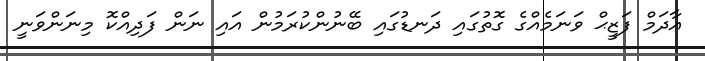
އާދަމް ފަޒީޙް ވަނަމެއްގެ ގޮތުގައި ދަނޑުގައި ބޭނުންކުރަމުން އައި ނަން ފަދިއްކޮ މިނަންވަނީ